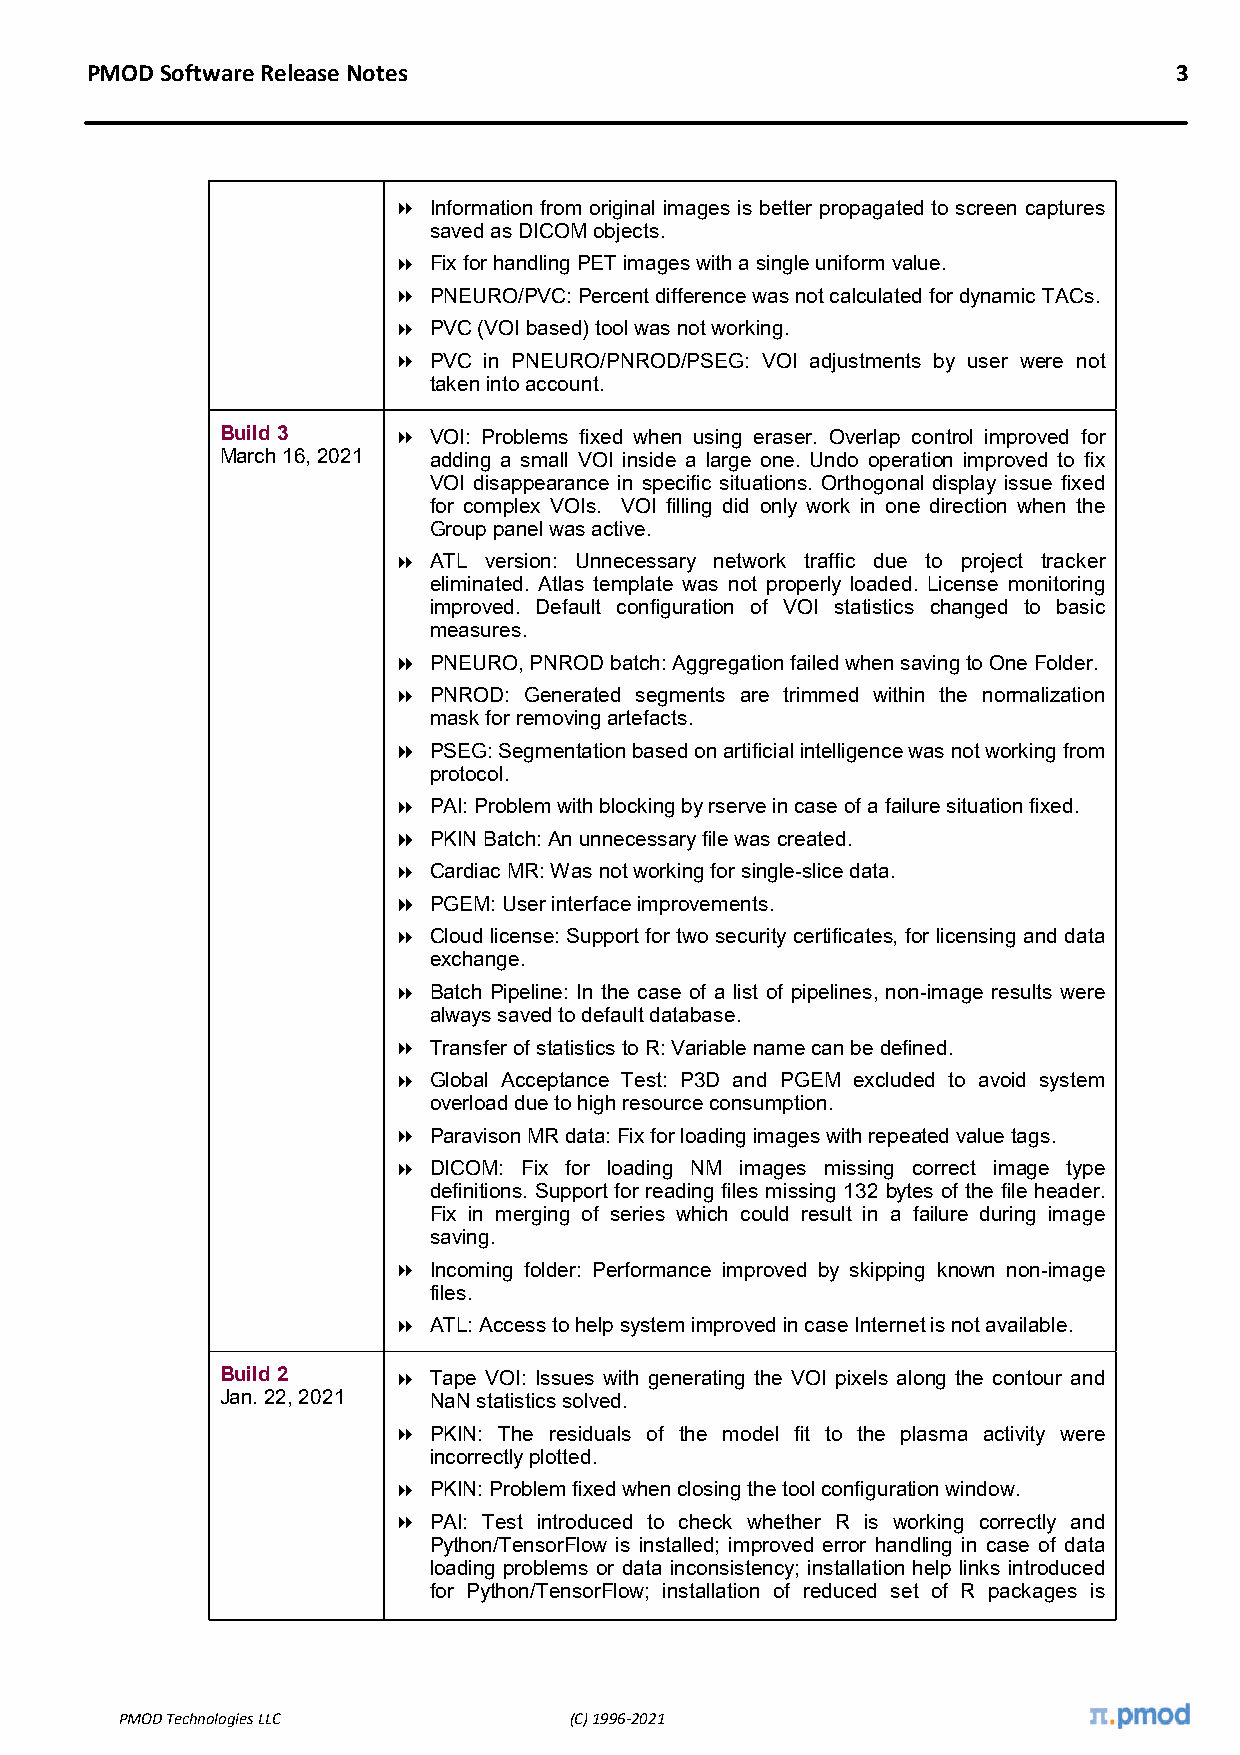
PMOD Software Release Notes                                             3
  Information from original images is better propagated to screen captures
 saved as DICOM objects.
  Fix for handling PET images with a single uniform value.
  PNEURO/PVC: Percent difference was not calculated for dynamic TACs.
  PVC (VOI based) tool was not working.
  PVC in PNEURO/PNROD/PSEG: VOI adjustments by user were not
 taken into account.
 Build 3     VOI: Problems fixed when using eraser. Overlap control improved for
 March 16, 2021 adding a small VOI inside a large one. Undo operation improved to fix
 VOI disappearance in specific situations. Orthogonal display issue fixed
 for complex VOIs. VOI filling did only work in one direction when the
 Group panel was active.
  ATL version: Unnecessary network traffic due to project tracker
 eliminated. Atlas template was not properly loaded. License monitoring
 improved. Default configuration of VOI statistics changed to basic
 measures.
  PNEURO, PNROD batch: Aggregation failed when saving to One Folder.
  PNROD: Generated segments are trimmed within the normalization
 mask for removing artefacts.
  PSEG: Segmentation based on artificial intelligence was not working from
 protocol.
  PAI: Problem with blocking by rserve in case of a failure situation fixed.
  PKIN Batch: An unnecessary file was created.
  Cardiac MR: Was not working for single-slice data.
  PGEM: User interface improvements.
  Cloud license: Support for two security certificates, for licensing and data
 exchange.
  Batch Pipeline: In the case of a list of pipelines, non-image results were
 always saved to default database.
  Transfer of statistics to R: Variable name can be defined.
  Global Acceptance Test: P3D and PGEM excluded to avoid system
 overload due to high resource consumption.
  Paravison MR data: Fix for loading images with repeated value tags.
  DICOM: Fix for loading NM images missing correct image type
 definitions. Support for reading files missing 132 bytes of the file header.
 Fix in merging of series which could result in a failure during image
 saving.
  Incoming folder: Performance improved by skipping known non-image
 files.
  ATL: Access to help system improved in case Internet is not available.
 Build 2     Tape VOI: Issues with generating the VOI pixels along the contour and
 Jan. 22, 2021 NaN statistics solved.
  PKIN: The residuals of the model fit to the plasma activity were
 incorrectly plotted.
  PKIN: Problem fixed when closing the tool configuration window.
  PAI: Test introduced to check whether R is working correctly and
 Python/TensorFlow is installed; improved error handling in case of data
 loading problems or data inconsistency; installation help links introduced
 for Python/TensorFlow; installation of reduced set of R packages is
 PMOD Technologies LLC         (C) 1996-2021